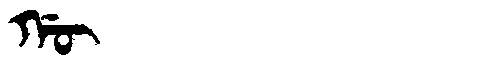
Manchu: ᡤᡡ
Romanization: GŪ